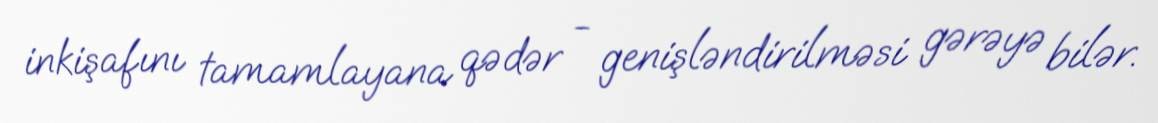
inkişafını tamamlayana qədər - genişləndirilməsi gərəyə bilər.